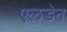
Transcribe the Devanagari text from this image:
एलडेन